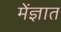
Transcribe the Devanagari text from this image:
मेंज्ञात